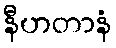
နီဟတာနံ